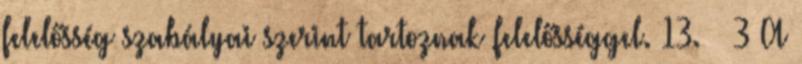
felelősség szabályai szerint tartoznak felelősséggel. 13. § 3 A